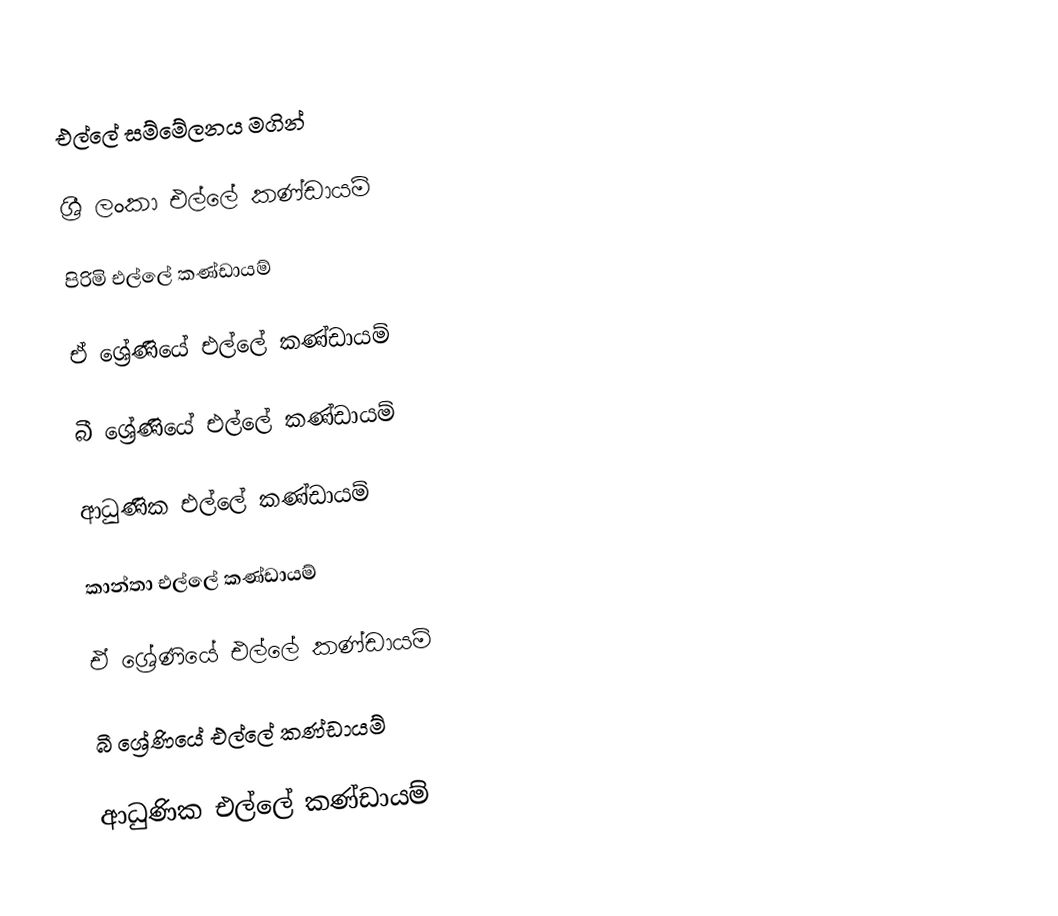
එල්ලේ සම්මේලනය මගින්

ශ්‍රී ලංකා එල්ලේ කණ්ඩායම්

පිරිමි එල්ලේ කණ්ඩායම්

ඒ ශ්‍රේණියේ එල්ලේ කණ්ඩායම්

බී ශ්‍රේණියේ එල්ලේ කණ්ඩායම්

ආධුණික එල්ලේ කණ්ඩායම්

කාන්තා එල්ලේ කණ්ඩායම්

ඒ ශ්‍රේණියේ එල්ලේ කණ්ඩායම්

බී ශ්‍රේණියේ එල්ලේ කණ්ඩායම්

ආධුණික එල්ලේ කණ්ඩායම්